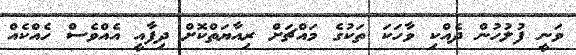
ވަނީ ފުލުހުން ދެއްކި ވާހަކަ ތަކުގެ މައްޗަށް ރިއާޔަތްކޮށް ދިފާއީ އެއްވެސް ހެއްކެއް